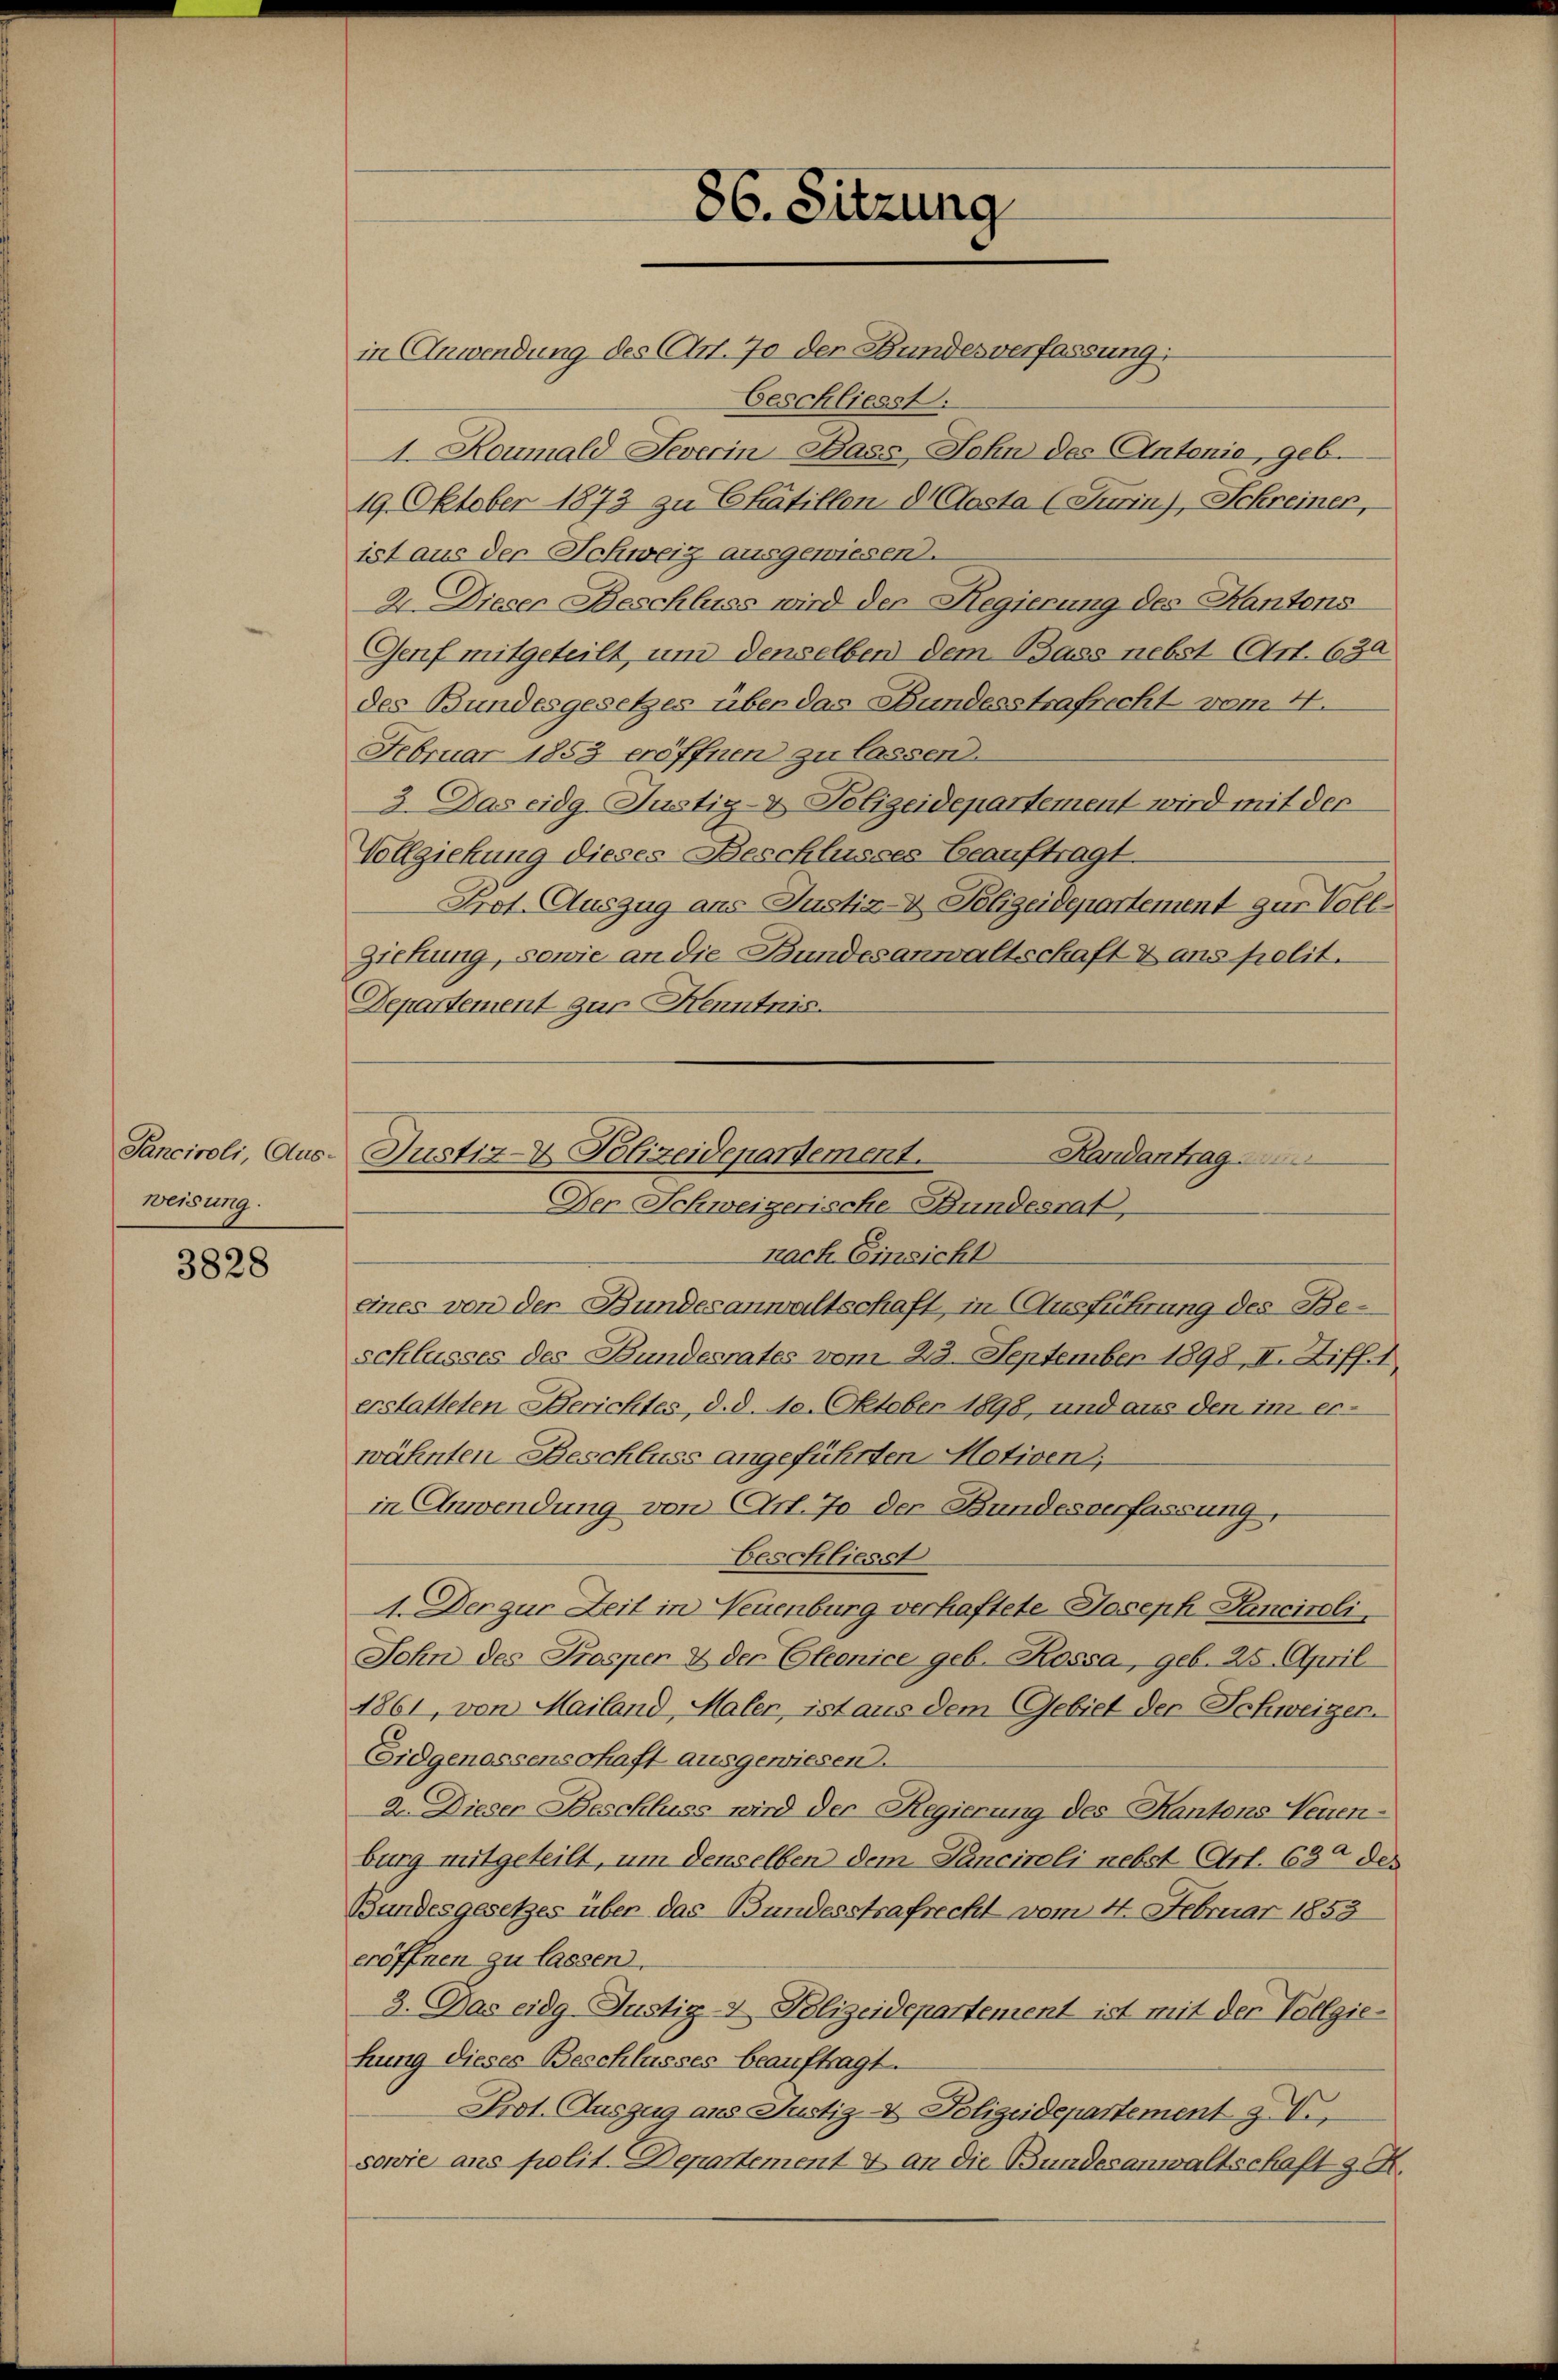
Sanciroli, Aus-
Weisung.

3828

in Anwendung des Art. 70 der Bundesverfassung:
Geschliesst.
4. Roumald Severin Bass, John des Antonie, geb.
19. Oktober 1873 zu Chatillon dh Aosta (Turin), Schreiner,
ist aus der Schweiz ausgewiesen.
2. Dieser Beschluss wird der Regierung des Kantons
Genf mitgeteilt, und denselben dem Bass nebst Art. 630
des Bundesgesetzes über das Bundesstrafrecht vom 4.
Februar 1853 eröffnen zu lassen.
2. Das eidg. Justiz- & Polizeidepartement wird mit der
Vollziehung dieses Beschlusses Beauftragt.
Prot. Auszug aus Justiz- & Polizeidepartement zur Voll¬
Ziehung, sowie an die Bundesanwaltschaft & ans polit.
Departement zur Kenntnis.
nach Einsicht
eines von der Bundesanwaltschaft, in Ausführung des Beschlusses des Bundesrates vom 23. September 1898, II. Ziff. 1.
erstatteten Berichtes, d. d. 10. Oktober 1898, und aus den im erwähnten Beschluss angeführten Motiven,
in Anwendung von Art. 70 der Bundesverfassung,
Beschliesst
4. Der zur Zeit in Neuenburg verhaftete Joseph Panciroli
Sohn des Prospen & der Cleonice geb. Kossa, geb. 25. April
1861, von Mailand, Maler, ist aus dem Gebiet der Schweizer-
Eidgenossenschaft ausgewiesen.
2. Dieser Beschluss wird der Regierung des Kantons Neuen-
burg mitgeteilt, um denselben dem Sanciroli nebst Art. 630 des
Bundesgesetzes über das Bundesstrafrecht vom 4. Februar 1853
eröffnen zu lassen.
3. Das eidg Justiz- & Polizeidepartement ist mit der Vollgiehung dieses Beschlusses beauftragt.
Prot. Auszug aus Justiz- & Polizeidepartement z. V.
sowie ans polit. Departement & an die Bundesanwaltschaft z. R.

86. Sitzung

Justiz- & Polizeidepartement.
Randantrag
Der Schweizerische Bundesrat